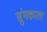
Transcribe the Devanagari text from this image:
सुंगकाल